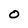
Character: 0